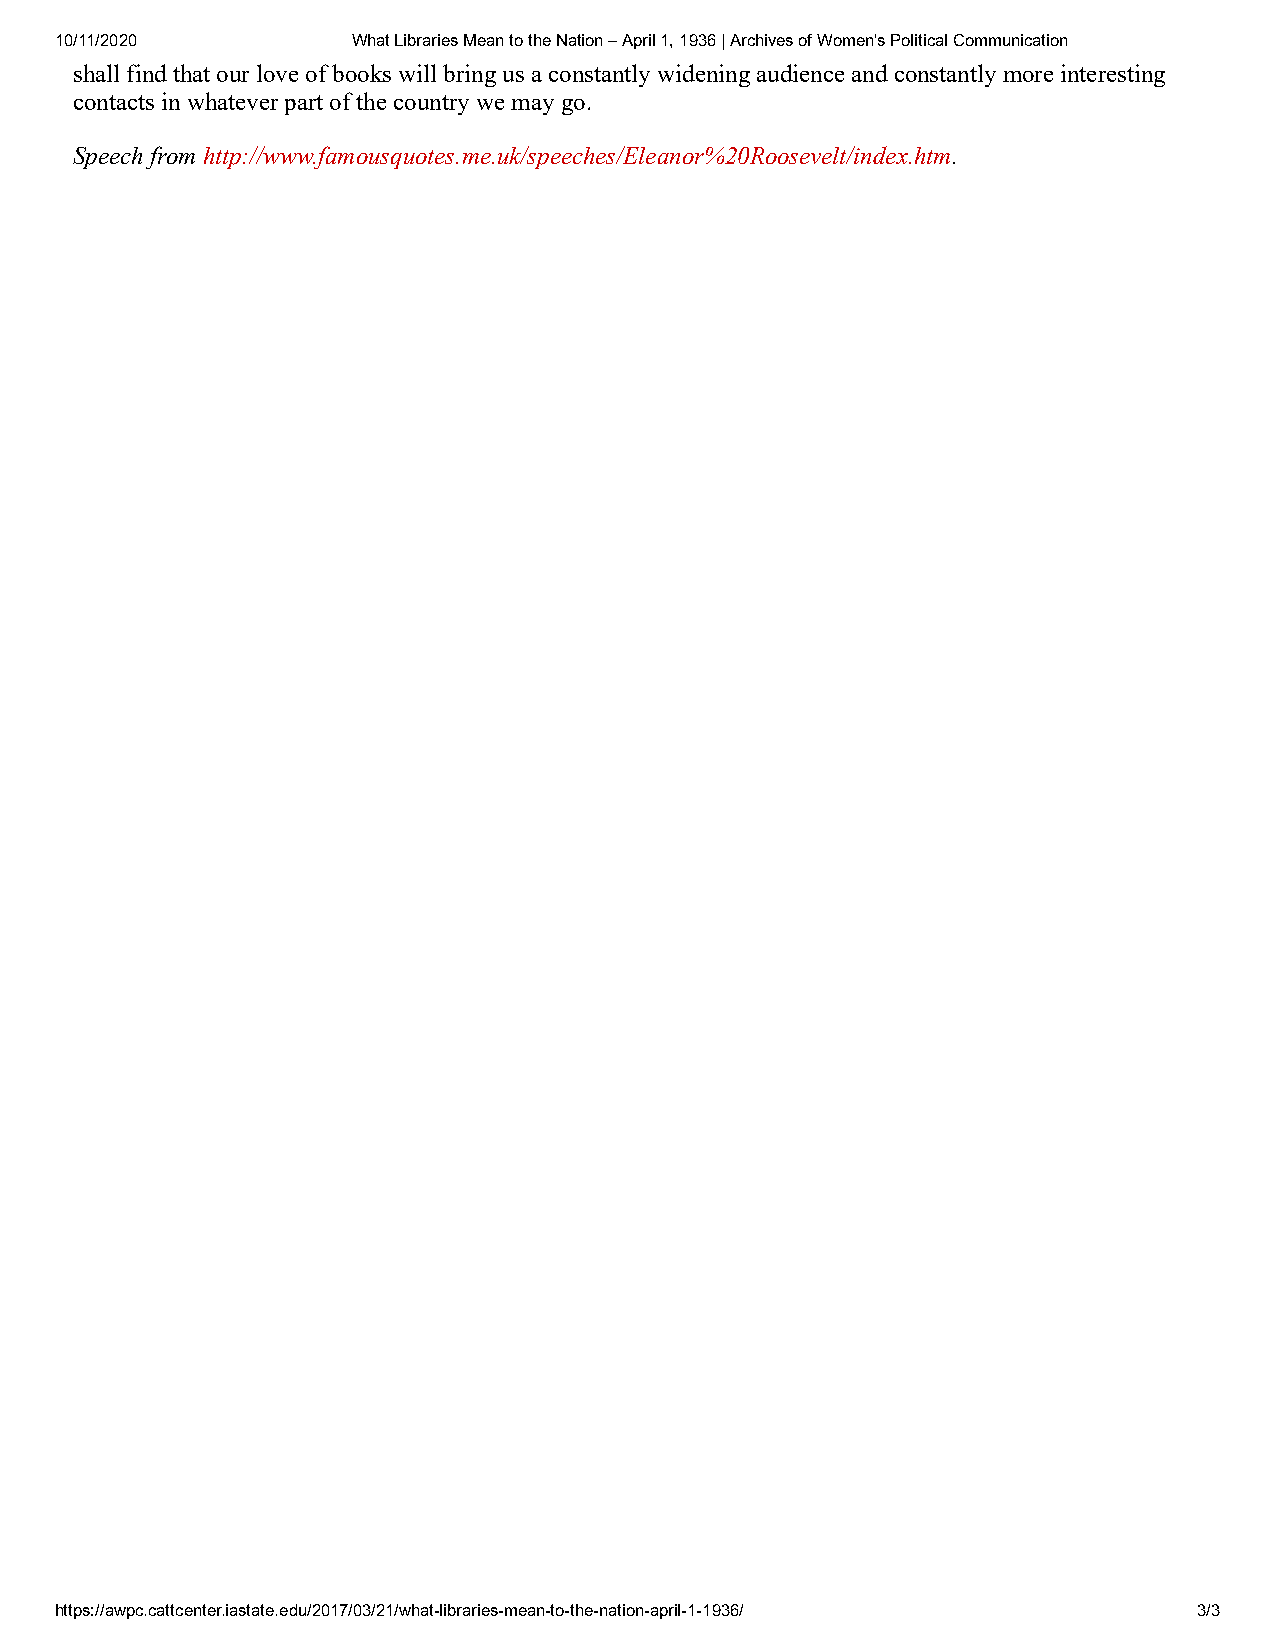
10/11/2020         What Libraries Mean to the Nation – April 1, 1936 | Archives of Women's Political Communication
 shall find that our love of books will bring us a constantly widening audience and constantly more interesting
 contacts in whatever part of the country we may go.
 Speech from http://www.famousquotes.me.uk/speeches/Eleanor%20Roosevelt/index.htm.
 https://awpc.cattcenter.iastate.edu/2017/03/21/what-libraries-mean-to-the-nation-april-1-1936/ 3/3